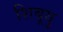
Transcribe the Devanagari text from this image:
शिबूयु